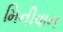
મિનીવાન